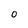
Character: 0